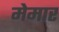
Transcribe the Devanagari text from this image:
मेमार